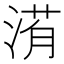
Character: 𣹀